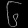
Digit: ၆